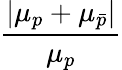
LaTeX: \frac{\left|\mu_{p}+\mu_{\bar{p}}\right|}{\mu_{p}}